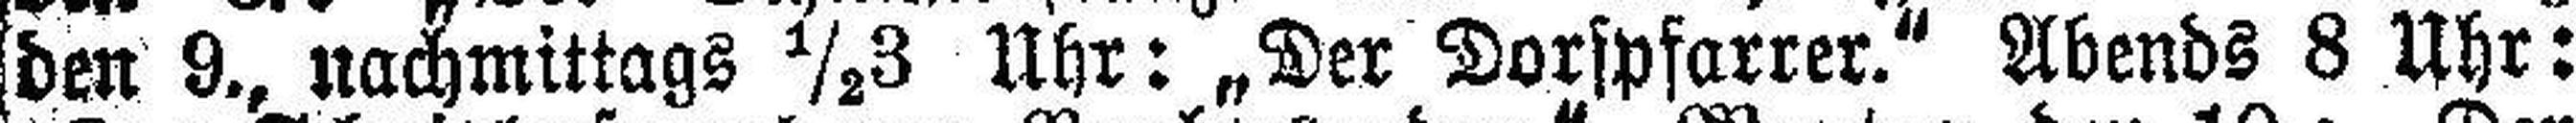
den 9., nachmittags ½3 Uhr: „Der Dorfpfarrer.“ Abends 8 Uhr: